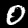
Digit: 0